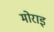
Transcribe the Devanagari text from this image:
मोराइ